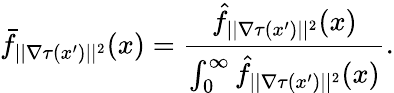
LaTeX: \bar{f}_{||\nabla\tau(x^{\prime})||^{2}}(x)=\frac{\hat{f}_{||\nabla\tau(x^{\prime})||^{2}}(x)}{\int_{0}^{\infty}\hat{f}_{||\nabla\tau(x^{\prime})||^{2}}(x)}.